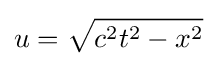
u={\sqrt {c^{2}t^{2}-x^{2}}}